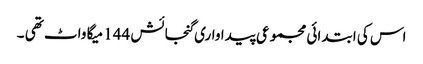
اس کی ابتدائی مجموعی پیداواری گنجائش 144 میگا واٹ تھی ۔